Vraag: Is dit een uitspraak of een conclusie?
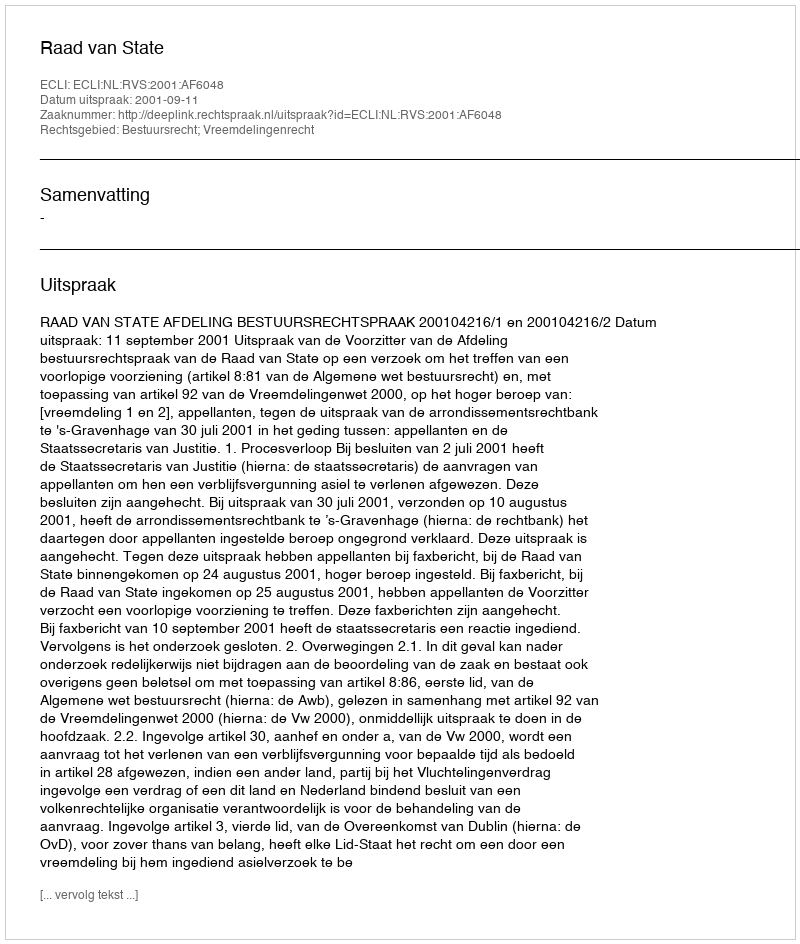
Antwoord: Uitspraak